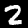
Label: 2